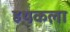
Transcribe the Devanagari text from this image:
हथकला